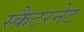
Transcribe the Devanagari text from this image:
स्कैटरनेट